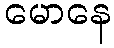
မောနေ